Sanitation, dispensaries and jails vaccination Rajputana 1922-1927 - 1922-1927
Year: 1922
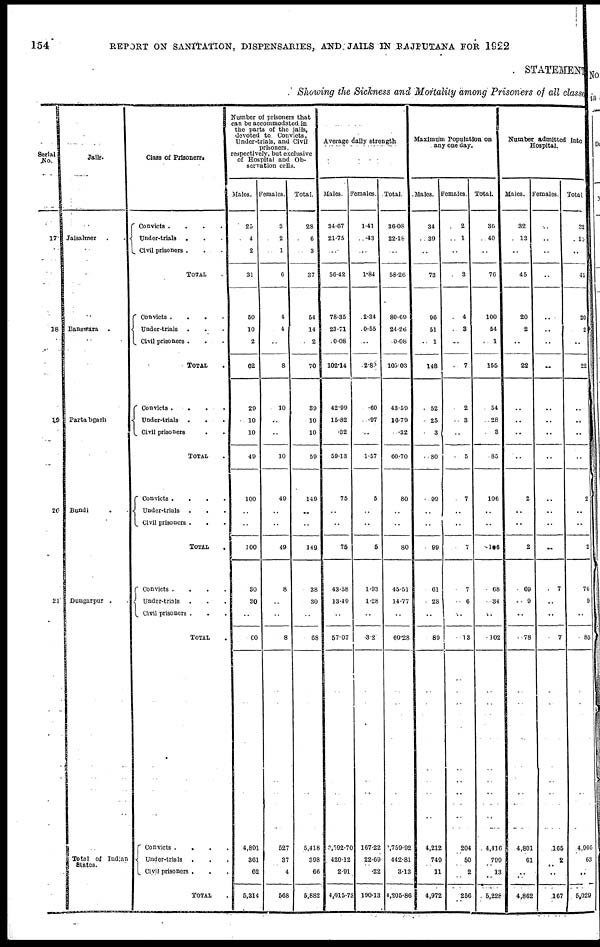
154
REPORT ON SANITATION, DISPENSARIES, AND JAILS IN RAJPUTANA FOR 1922
STATEMENT
Showing the Sick
Serial
No.
17
18
19
20
21
Jails.
Jaisalmer . .
Banswara
.
Partabgarh
Bundi
Dungarpur . .
Total of Indian
States.
Class of Prisoners.
Convicts .
.
.
.
Under-trials
. . .
Civil prisoners .
.
.
TOTAL .
Convicts .
.
.
.
Under-trials . . .
Civil prisoners . . .
TOTAL .
Convicts .
.
. .
Under-trials
.
.
.
Civil prisoners . .
TOTAL .
Convicts .
.
.
.
Under-trials
. . .
Civil prisoners . . .
TOTAL .
Convicts .
.
.
.
Under-trials . . .
Civil prisoners . . .
TOTAL .
Convicts
. . .
Under-trials
. . .
Civil prisoners .
. .
TOTAL .
Number of prisoners that
can be accommodated in
the parts of the jails,
devoted to. Convicts,
Under-trials, and Civil
prisoners,
respectively,
but exclusive
of Hospital and Ob-
servation cells.
Males.
25
4
2
31
50
10
2
62
20
10
10
40
100
..
..
100
30
30
..
60
4,891
361
62
5,314
Females.
3
2
1
6
4
4
..
8
10
..
..
10
49
..
..
40
8
..
..
8
527
37
4
568
Total.
28
6
3
37
54
14
2
70
39
10
10
59
149
..
..
149
38
30
..
68
5,418
398
66
5,882
Average daily strength
Males.
34.67
21.75
..
56.42
78.35
23.71
0.08
102.14
42.99
15.82
.32
59.13
75
..
..
75
43.58
13.49
..
57.07
3,592.70
420.12
2.91
4,015.73
Females.
1.41
.43
..
1.84
2.34
0.55
..
2.80
.60
.97
..
1.57
5
..
..
5
1.93
1.28
..
3.20
167.22
22.69
.22
190.13
Total.
36.08
22.18
..
58.26
80.69
24.26
0.08
105.03
43.59
16.79
.32
60.70
80
..
..
80
45.51
14.77
..
60.28
2,759.92
442.81
3.13
4,205.86
Maximum Population on
any one day.
Males.
34
39
..
73
96
51
1
148
52
25
3
80
99
..
..
99
61
28
..
89
4,212
749
11
4,972
Females.
2
1
..
3
4
3
..
7
2
3
..
5
7
..
..
7
7
6
..
13
204
50
2
256
Total.
36
40
..
76
100
54
1
155
54
28
3
85
106
..
..
186
68
34
..
102
4,416
799
13
5,228
Number admitted into
Males.
32
13
..
45
20
2
..
22
..
..
..
..
2
..
..
2
69
9
..
78
4,801
61
..
4,862
Females.
..
..
..
..
..
..
..
..
..
..
..
..
..
..
..
..
7
..
..
7
165
2
..
167
Total.
32
13
..
45
20
2
..
22
..
..
..
..
2
..
..
2
76
9
..
85
4,966
63
..
5,029